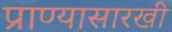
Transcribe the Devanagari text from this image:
प्राण्यासारखी